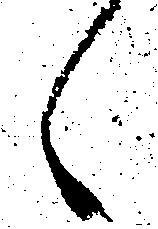
々